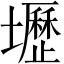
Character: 壢